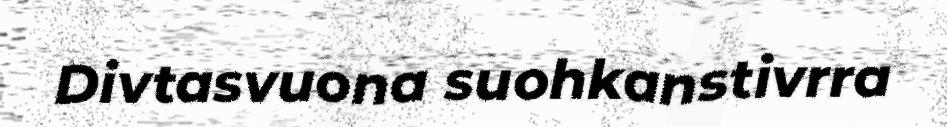
Divtasvuona suohkanstivrra